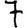
Digit: 7